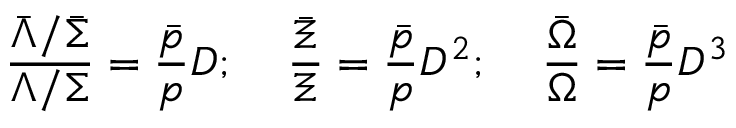
\frac { \bar { \Lambda } / \bar { \Sigma } } { \Lambda / \Sigma } = \frac { \bar { p } } { p } D ; \; \; \; \; \frac { \bar { \Xi } } { \Xi } = \frac { \bar { p } } { p } D ^ { 2 } ; \; \; \; \; \frac { \bar { \Omega } } { \Omega } = \frac { \bar { p } } { p } D ^ { 3 }